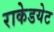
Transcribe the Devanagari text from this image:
राकेडयेट